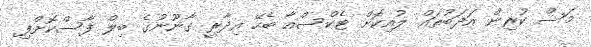
މަސް ކުރިން އަދަބުތައް ލުއިކޮށް ޓެކްސްއާ ބެހޭ އިދާރީ ގާނޫނުގެ ބިލް ފާސްކޮށްފި